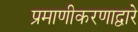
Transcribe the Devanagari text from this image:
प्रमाणीकरणाद्वारे